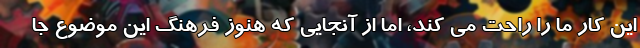
این کار ما را راحت می کند، اما از آنجایی که هنوز فرهنگ این موضوع جا